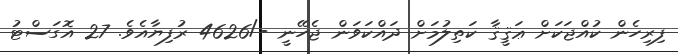
ފިރިހެން ކުއްޖަކަށް ޢަޤީޤާ ކަތިލުމަށް ދައްކަވަން ޖެހޭނީ -/4626 ރުފިޔާއެވެ. 27 އޮގަސްޓު